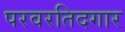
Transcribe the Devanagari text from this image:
परवरतिदगार